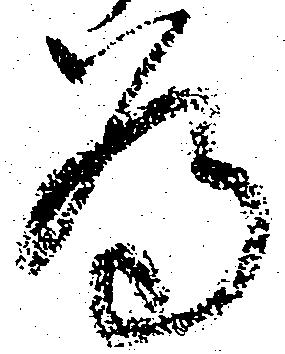
為